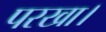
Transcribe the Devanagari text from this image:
परखा।